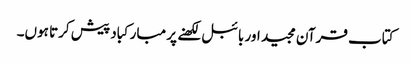
کتاب قرآن مجید اور بائبل لکھنے پر مبارکباد پیش کرتا ہوں۔